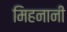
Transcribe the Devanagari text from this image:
मिहनानी